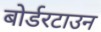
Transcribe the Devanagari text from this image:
बोर्डरटाउन